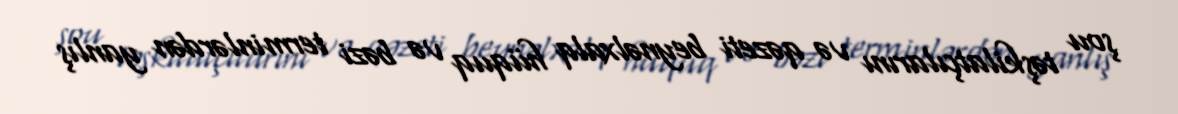
şou təşkilatçılarını və qəzeti beynəlxalq hüquq və bəzi terminlərdən yanlış